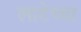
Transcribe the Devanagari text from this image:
लाटेच्या